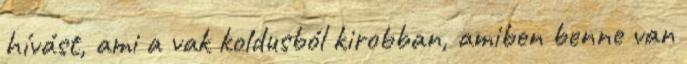
hívást, ami a vak koldusból kirobban, amiben benne van